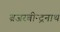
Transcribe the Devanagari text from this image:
ब्रजरबीन्द्रनाथ